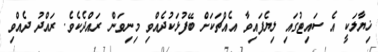
ޚިޔާލަކީ އެ ސައިޓުގައި ލިޔެފައިވާ އެއްޗަކަށް ބޭފުޅަކުދެއްވި މިނިވަން ރައްދެކެވެ. ރައްދު ދެއްވި